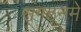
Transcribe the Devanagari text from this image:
संगठनमे